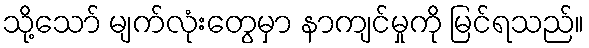
သို့သော် မျက်လုံးတွေမှာ နာကျင်မှုကို မြင်ရသည်။